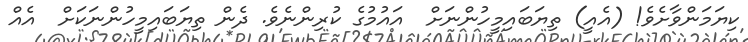
ކިޔަމަންވާށެވެ! (އެއީ) ތިޔަބައިމީހުންނަށް  އައުމުގެ ކުރިންނެވެ. ދެން ތިޔަބައިމީހުންނަކަށް  އެއް